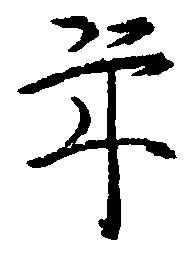
年